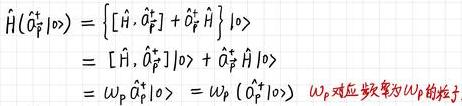
\(\hat{H}(\hat{a}_P^\dagger\vert 0\rangle)&=\left\{[\hat{H},\hat{a}_P^\dagger]+\hat{a}_P^\dagger\hat{H}\right\}\vert 0\rangle\)\\
\(&=[\hat{H},\hat{a}_P^\dagger]\vert 0\rangle+\hat{a}_P^\dagger\hat{H}\vert 0\rangle\)\\
&=\(\omega_P\)\hat{a}_P^\dagger\vert 0\rangle=\(\omega_P\) (\hat{a}_P^\dagger\vert 0\rangle)\quad \(\omega_P\) 对应频率为\(\omega_P\)的粒子